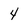
Character: 4